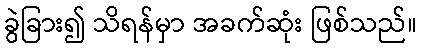
ခွဲခြား၍ သိရန်မှာ အခက်ဆုံး ဖြစ်သည်။